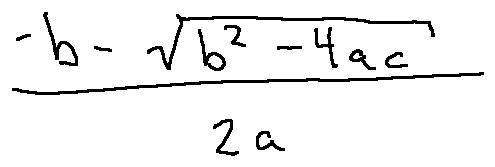
\frac { - b - \sqrt { b ^ { 2 } - 4 a c } } { 2 a }